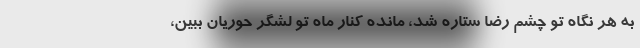
به هر نگاه تو چشم رضا ستاره شد، مانده کنارِ ماهِ تو لشگرِ حوریان ببین،